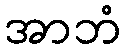
အာဘံ